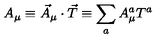
A _ { \mu } \equiv \vec { A } _ { \mu } \cdot \vec { T } \equiv \sum _ { a } A _ { \mu } ^ { a } T ^ { a }